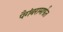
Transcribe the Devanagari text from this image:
पैगंबरामार्फत